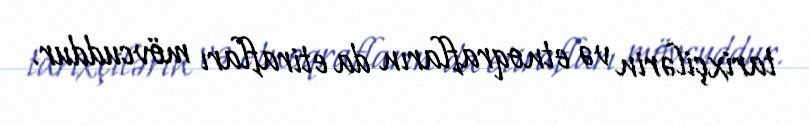
tarixçilərin və etnoqrafların da etirafları mövcuddur.